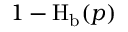
1 - \operatorname { H } _ { \mathrm { b } } ( p )